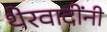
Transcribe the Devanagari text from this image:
थेरवादींनी